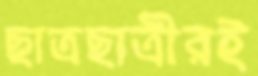
ছাত্রছাত্রীরই